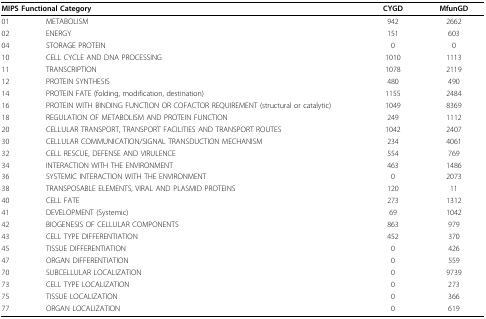
| <COLSPAN=2> MIPS Functional Category | CYGD | MfunGD |
 | --- | --- | --- | --- |
 | 01 | METABOLISM | 942 | 2662 |
 | 02 | ENERGY | 151 | 603 |
 | 04 | STORAGE PROTEIN | 0 | 0 |
 | 10 | CELL CYCLE AND DNA PROCESSING | 1010 | 1113 |
 | 11 | TRANSCRIPTION | 1078 | 2119 |
 | 12 | PROTEIN SYNTHESIS | 480 | 490 |
 | 14 | PROTEIN FATE (folding, modification, destination) | 1155 | 2484 |
 | 16 | PROTEIN WITH BINDING FUNCTION OR COFACTOR REQUIREMENT (structural or catalytic) | 1049 | 8369 |
 | 18 | REGULATION OF METABOLISM AND PROTEIN FUNCTION | 249 | 1112 |
 | 20 | CELLULAR TRANSPORT, TRANSPORT FACILITIES AND TRANSPORT ROUTES | 1042 | 2407 |
 | 30 | CELLULAR COMMUNICATION/SIGNAL TRANSDUCTION MECHANISM | 234 | 4061 |
 | 32 | CELL RESCUE, DEFENSE AND VIRULENCE | 554 | 769 |
 | 34 | INTERACTION WITH THE ENVIRONMENT | 463 | 1486 |
 | 36 | SYSTEMIC INTERACTION WITH THE ENVIRONMENT | 0 | 2073 |
 | 38 | TRANSPOSABLE ELEMENTS, VIRAL AND PLASMID PROTEINS | 120 | 11 |
 | 40 | CELL FATE | 273 | 1312 |
 | 41 | DEVELOPMENT (Systemic) | 69 | 1042 |
 | 42 | BIOGENESIS OF CELLULAR COMPONENTS | 863 | 979 |
 | 43 | CELL TYPE DIFFERENTIATION | 452 | 370 |
 | 45 | TISSUE DIFFERENTIATION | 0 | 426 |
 | 47 | ORGAN DIFFERENTIATION | 0 | 559 |
 | 70 | SUBCELLULAR LOCALIZATION | 0 | 9739 |
 | 73 | CELL TYPE LOCALIZATION | 0 | 273 |
 | 75 | TISSUE LOCALIZATION | 0 | 366 |
 | 77 | ORGAN LOCALIZATION | 0 | 619 |